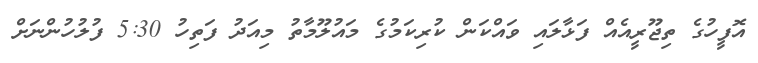
އޮފީހުގެ ތިޖޫރީއެއް ފަޅާލައި ވައްކަން ކުރިކަމުގެ މައުލޫމާތު މިއަދު ފަތިހު 5:30 ފުލުހުންނަށް